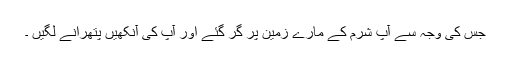
جس کی وجہ سے آپؐ شرم کے مارے زمین پر گر گئے اور آپ کی آنکھیں پتھرانے لگیں ۔